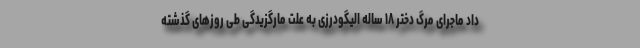
داد ماجرای مرگ دختر ۱۸ ساله الیگودرزی به علت مارگزیدگی طی روزهای گذشته